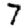
Digit: 7